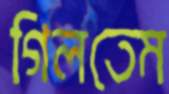
গিলতেম